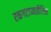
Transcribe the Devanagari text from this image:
रक्तगटाव्यतीरिक्त